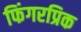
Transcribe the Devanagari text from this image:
फिंगरप्रिक